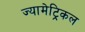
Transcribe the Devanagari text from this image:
ज्यामेट्रिकल